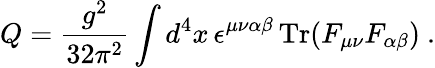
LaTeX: Q=\frac{g^{2}}{32\pi^{2}}\int d^{4}x\, \epsilon^{\mu\nu\alpha\beta}\, \mathrm{Tr}(F_{\mu\nu}F_{\alpha\beta})\ .